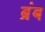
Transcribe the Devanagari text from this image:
ब्रंब